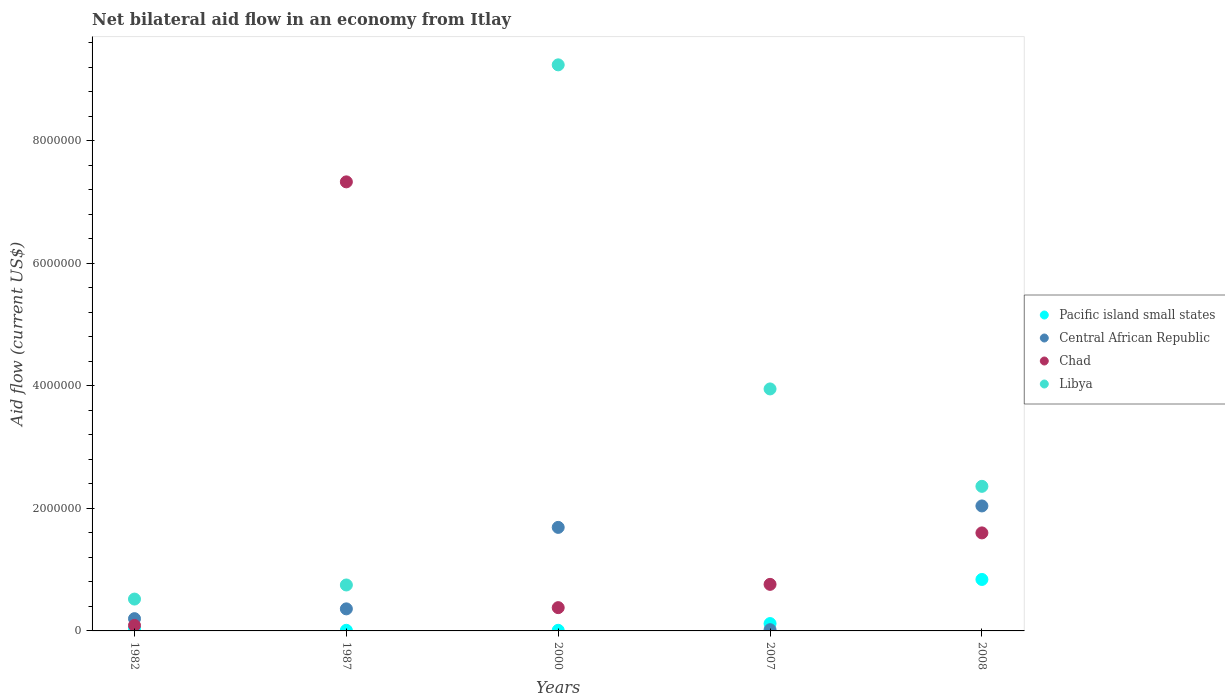
| Years | Pacific island small states | Central African Republic | Chad | Libya |
 | --- | --- | --- | --- | --- |
 | 1982 | 4e+04 | 2e+05 | 9e+04 | 5.2e+05 |
 | 1987 | 1e+04 | 3.6e+05 | 7.33e+06 | 7.5e+05 |
 | 2000 | 1e+04 | 1.69e+06 | 3.8e+05 | 9.24e+06 |
 | 2007 | 1.2e+05 | 2e+04 | 7.6e+05 | 3.95e+06 |
 | 2008 | 8.4e+05 | 2.04e+06 | 1.6e+06 | 2.36e+06 |